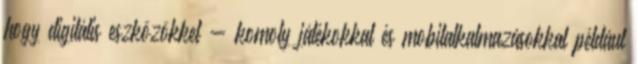
hogy digitális eszközökkel - komoly játékokkal és mobilalkalmazásokkal például